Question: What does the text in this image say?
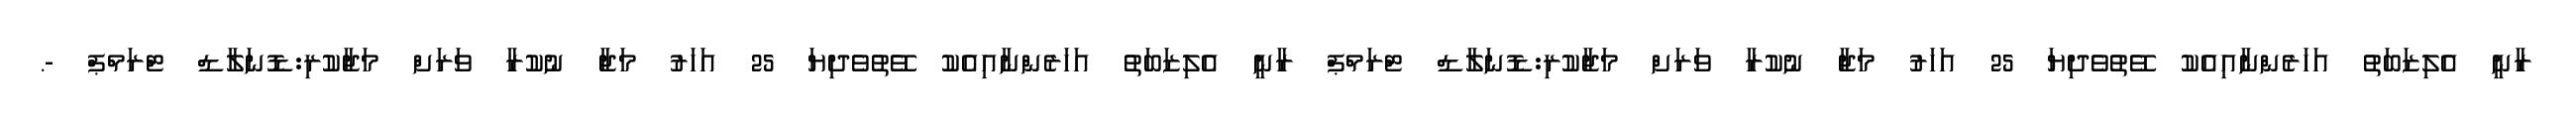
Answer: ރާނީ އެލިޒަބަތު އަހަރެންނާއިއެކު ވޭތުވެދިޔަ 25 އަހަރު މަޖާ ނުކުރާ ވަރަށް މަޖާކުރި:ޑޮނަލާޑް ޓްރަމްޕް ރާނީ އެލިޒަބަތު އަހަރެންނާއިއެކު ވޭތުވެދިޔަ 25 އަހަރު މަޖާ ނުކުރާ ވަރަށް މަޖާކުރި:ޑޮނަލާޑް ޓްރަމްޕް -.